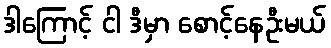
ဒါကြောင့် ငါ ဒီမှာ စောင့်နေဦးမယ်